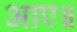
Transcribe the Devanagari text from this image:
आए॥